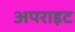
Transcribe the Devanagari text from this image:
अपराइट